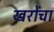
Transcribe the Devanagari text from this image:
खरोंचा